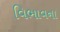
વિભાવના